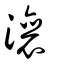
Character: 瀼